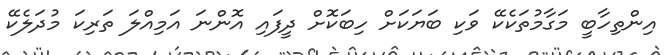
އިންތިހާބީ މަގާމުތަކެކޭ ވަކި ބަޔަކަށް ހިބަކޮށް ދީފައި އޮންނަ އަމިއްލަ ތަރިކަ މުދަލެކޭ